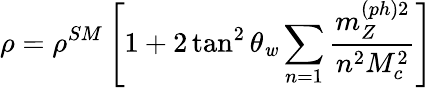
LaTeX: \rho=\rho^{SM}\left[1+2\tan^{2}\theta_{\mathit{w}}\sum_{n=1}\frac{{m_{Z}^{(ph)2}}}{{n^{2}M_{c}^{2}}}\right]\, \, \,